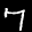
Label: 7